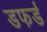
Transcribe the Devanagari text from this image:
डफर्ड